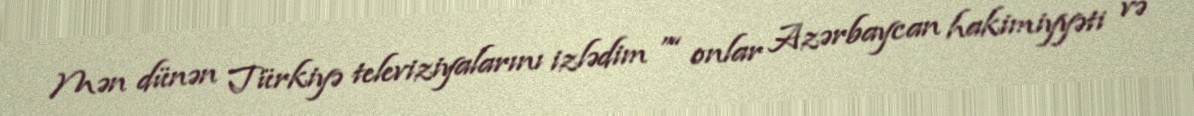
Mən dünən Türkiyə televiziyalarını izlədim ”“ onlar Azərbaycan hakimiyyəti və